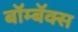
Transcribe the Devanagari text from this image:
बॉम्बॅक्स